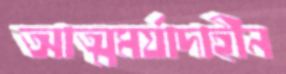
আত্মমর্যাদাহীন